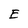
Character: E